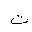
Letter: _ta